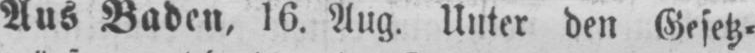
Aus Baden, 16. Aug. Unter den Gesetz⸗